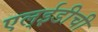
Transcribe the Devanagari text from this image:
एल्‌ईडीची